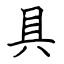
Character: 具